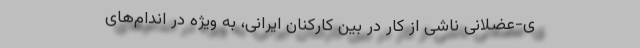
ی-عضلانی ناشی از کار در بین کارکنان ایرانی، به ویژه در اندام‌های